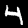
Digit: 4